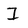
Character: I